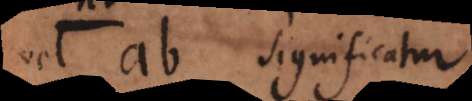
vel ab significatur